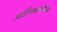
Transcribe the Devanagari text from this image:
ज्योतिःशास्त्रविषयक